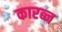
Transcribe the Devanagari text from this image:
कारब्न